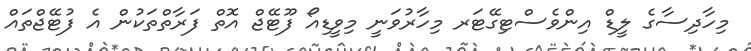
މިހާދިސާގެ ލީޑް އިންވެސްޓިގޭޓަރ މިހާރުވަނީ މިވީޑިއޯ ފޫޓޭޖް އޮތް ފަރާތްތަކުން އެ ފުޓޭޖްތައް